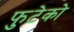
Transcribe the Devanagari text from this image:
फुटेको